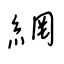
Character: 網